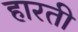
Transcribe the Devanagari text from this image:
हारती